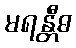
မရန္တီဓ